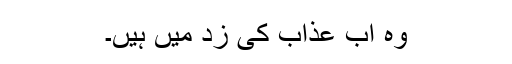
وہ اب عذاب کی زد میں ہیں۔